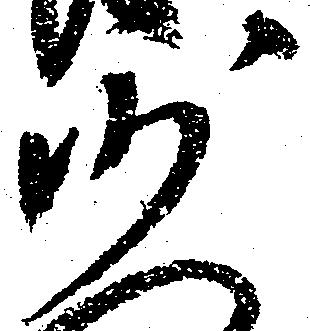
沙